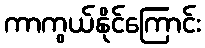
ကာကွယ်နိုင်ကြောင်း